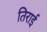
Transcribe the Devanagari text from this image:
तिराई